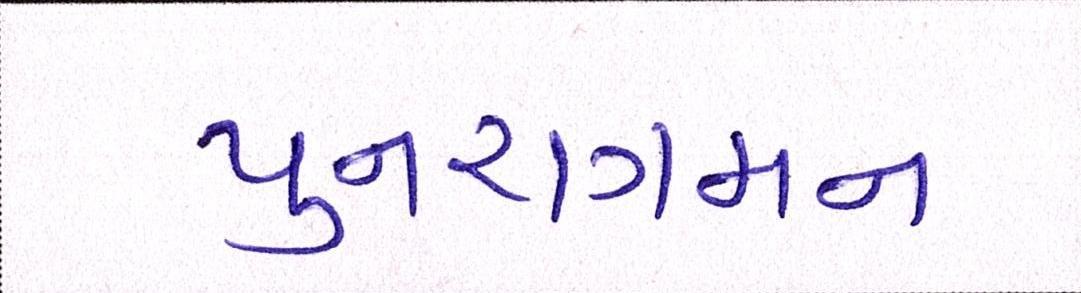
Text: પુનરાગમન